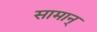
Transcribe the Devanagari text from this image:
सामान्